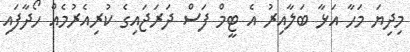
މިދިޔަ މަހާ އަޅާ ބަލާއިރު އެ ޓީމް ފަސް ދަރަޖައިގެ ކުރިއެރުމެއް ހޯދާފައި